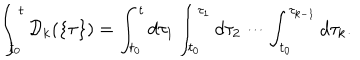
\int _ { t _ { 0 } } ^ { t } { \cal D } _ { k } ( \{ \tau \} ) = \int _ { t _ { 0 } } ^ { t } d \tau _ { 1 } \int _ { t _ { 0 } } ^ { \tau _ { 1 } } d \tau _ { 2 } \cdots \int _ { t _ { 0 } } ^ { \tau _ { k - 1 } } d \tau _ { k } .